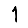
Digit: 1